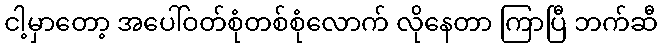
ငါ့မှာတော့ အပေါ်ဝတ်စုံတစ်စုံလောက် လိုနေတာ ကြာပြီ ဘက်ဆီ